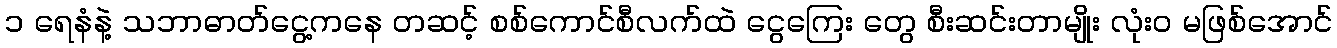
၁ ရေနံနဲ့ သဘာဓာတ်ငွေ့ကနေ တဆင့် စစ်ကောင်စီလက်ထဲ ငွေကြေး တွေ စီးဆင်းတာမျိုး လုံး၀ မဖြစ်အောင်